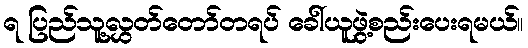
ရ ပြည်သူ့လွှတ်တော်တရပ် ခေါ်ယူဖွဲ့စည်းပေးရမယ်။